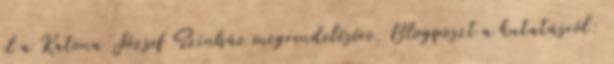
el a Katona József Színház megrendelésére. Blogposzt a kutatásról: